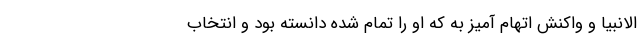
الانبیا و واکنش اتهام آمیز به که او را تمام شده دانسته بود و انتخاب